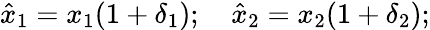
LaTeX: {\hat{x}}_{1}=x_{1}(1+\delta_{1});\quad{\hat{x}}_{2}=x_{2}(1+\delta_{2});